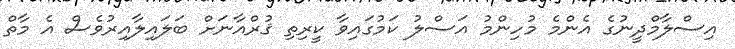
އިސްލާމްދީނުގެ އެންމެ މުހިންމު އަސްލު ކަމުގައިވާ ކީރިތި ޤުރްއާނަށް ބަލައިލާއިރުވެސް އެ މާތް